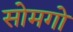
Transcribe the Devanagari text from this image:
सोमगो